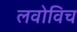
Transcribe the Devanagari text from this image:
लवोविच